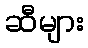
ဆီများ